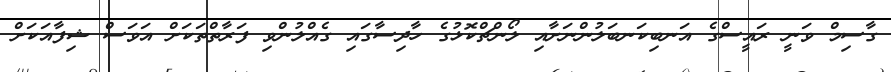
ގާސިމް ވަނީ ރައީސްގެ އަނބިކަނބަލުންނަށާއި ލޯންޗްކޮޅުގެ ހާދިސާގައި ގެއްލުންވި ފަރާތްތަކަށް އަވަސް ޝިފާއަކަށް